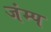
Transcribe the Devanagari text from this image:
जंम्प